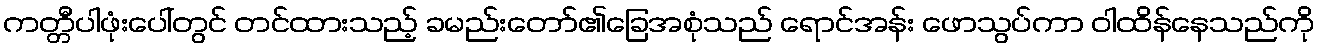
ကတ္တီပါဖုံးပေါ်တွင် တင်ထားသည့် ခမည်းတော်၏ခြေအစုံသည် ရောင်အန်း ဖောသွပ်ကာ ဝါထိန်နေသည်ကို